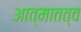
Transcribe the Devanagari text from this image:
आत्मातत्व